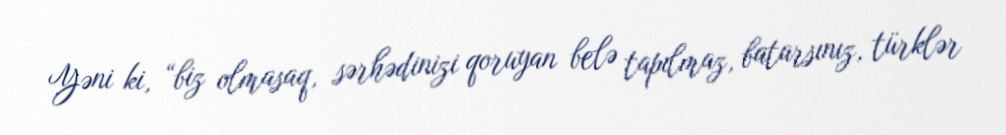
Yəni ki, “biz olmasaq, sərhədinizi qoruyan belə tapılmaz, batarsınız, türklər